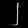
Digit: ၂